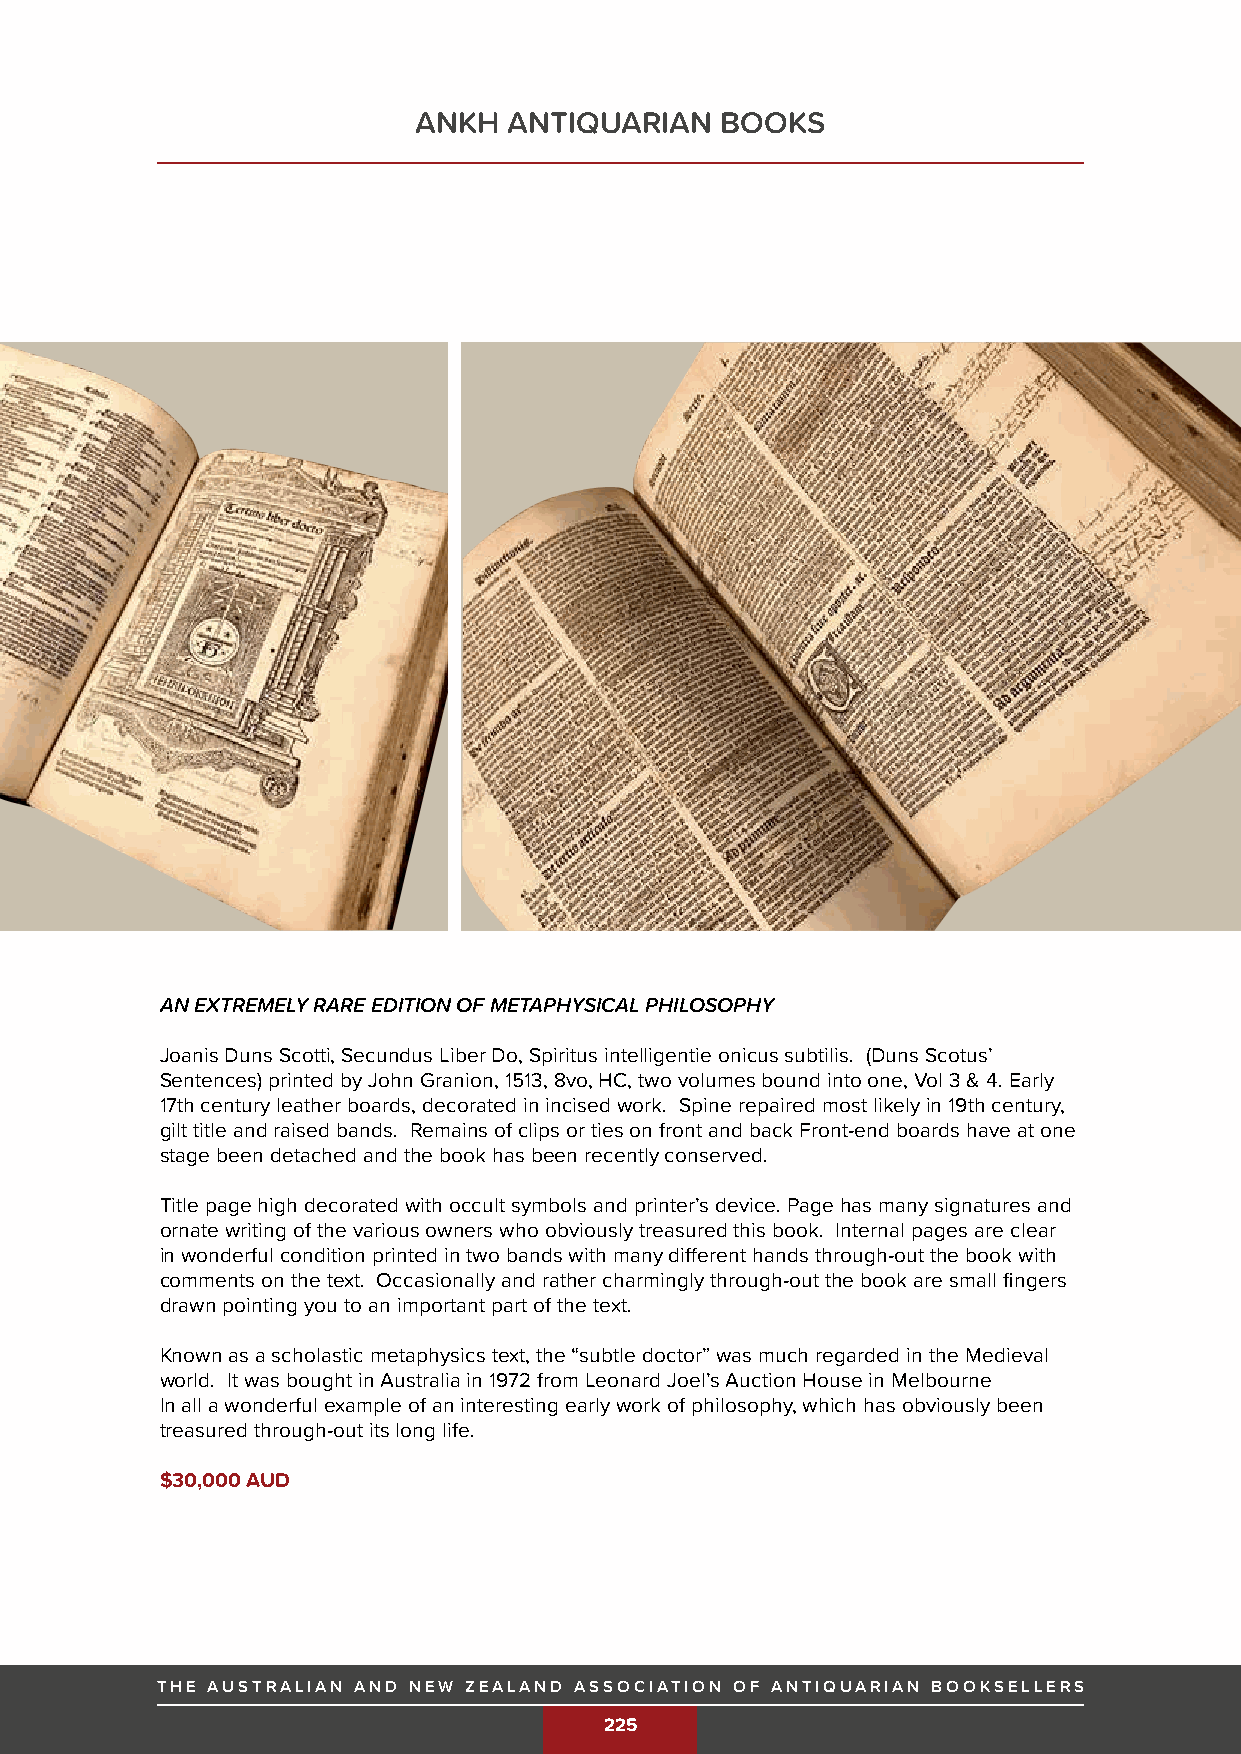
ANKH   ANTIQUARIAN   BOOKS
 AN EXTREMELY RARE EDITION OF METAPHYSICAL PHILOSOPHY
 Joanis Duns Scotti, Secundus Liber Do, Spiritus intelligentie onicus subtilis. (Duns Scotus’
 Sentences) printed by John Granion, 1513, 8vo, HC, two volumes bound into one, Vol 3 & 4. Early
 17th century leather boards, decorated in incised work. Spine repaired most likely in 19th century,
 gilt title and raised bands. Remains of clips or ties on front and back Front-end boards have at one
 stage been detached and the book has been recently conserved.
 Title page high decorated with occult symbols and printer’s device. Page has many signatures and
 ornate writing of the various owners who obviously treasured this book. Internal pages are clear
 in wonderful condition printed in two bands with many different hands through-out the book with
 comments on the text. Occasionally and rather charmingly through-out the book are small fingers
 drawn pointing you to an important part of the text.
 Known as a scholastic metaphysics text, the “subtle doctor” was much regarded in the Medieval
 world. It was bought in Australia in 1972 from Leonard Joel’s Auction House in Melbourne
 In all a wonderful example of an interesting early work of philosophy, which has obviously been
 treasured through-out its long life.
 $30,000 AUD
 THE AUSTRALIAN AND NEW ZEALAND ASSOCIATION OF ANTIQUARIAN BOOKSELLERS
 THE AUSTRALIAN AND NEW ZEALAND ASSOCIATION OF ANTIQUARIAN BOOKSELLERS 225
 225